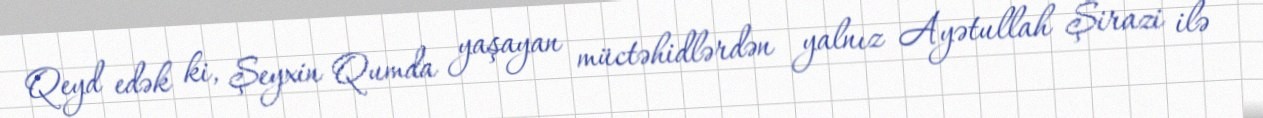
Qeyd edək ki, Şeyxin Qumda yaşayan müctəhidlərdən yalnız Ayətullah Şirazi ilə